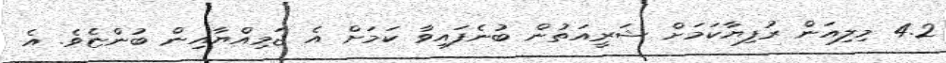
4.2 މިލިއަން ރުފިޔާކަމަށް ޝަރީއަތުން ބުނެފައިވާ ކަމަށް އެ ޖަމިއްޔާއިން ބުންޏެވެ. އެ